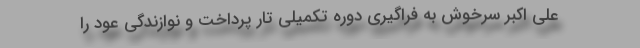
علی اکبر سرخوش به فراگیری دوره تکمیلی تار پرداخت و نوازندگی عود را